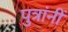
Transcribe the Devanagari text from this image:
पुत्रांनीं